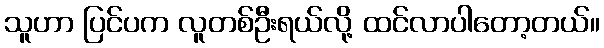
သူဟာ ပြင်ပက လူတစ်ဦးရယ်လို့ ထင်လာပါတော့တယ်။